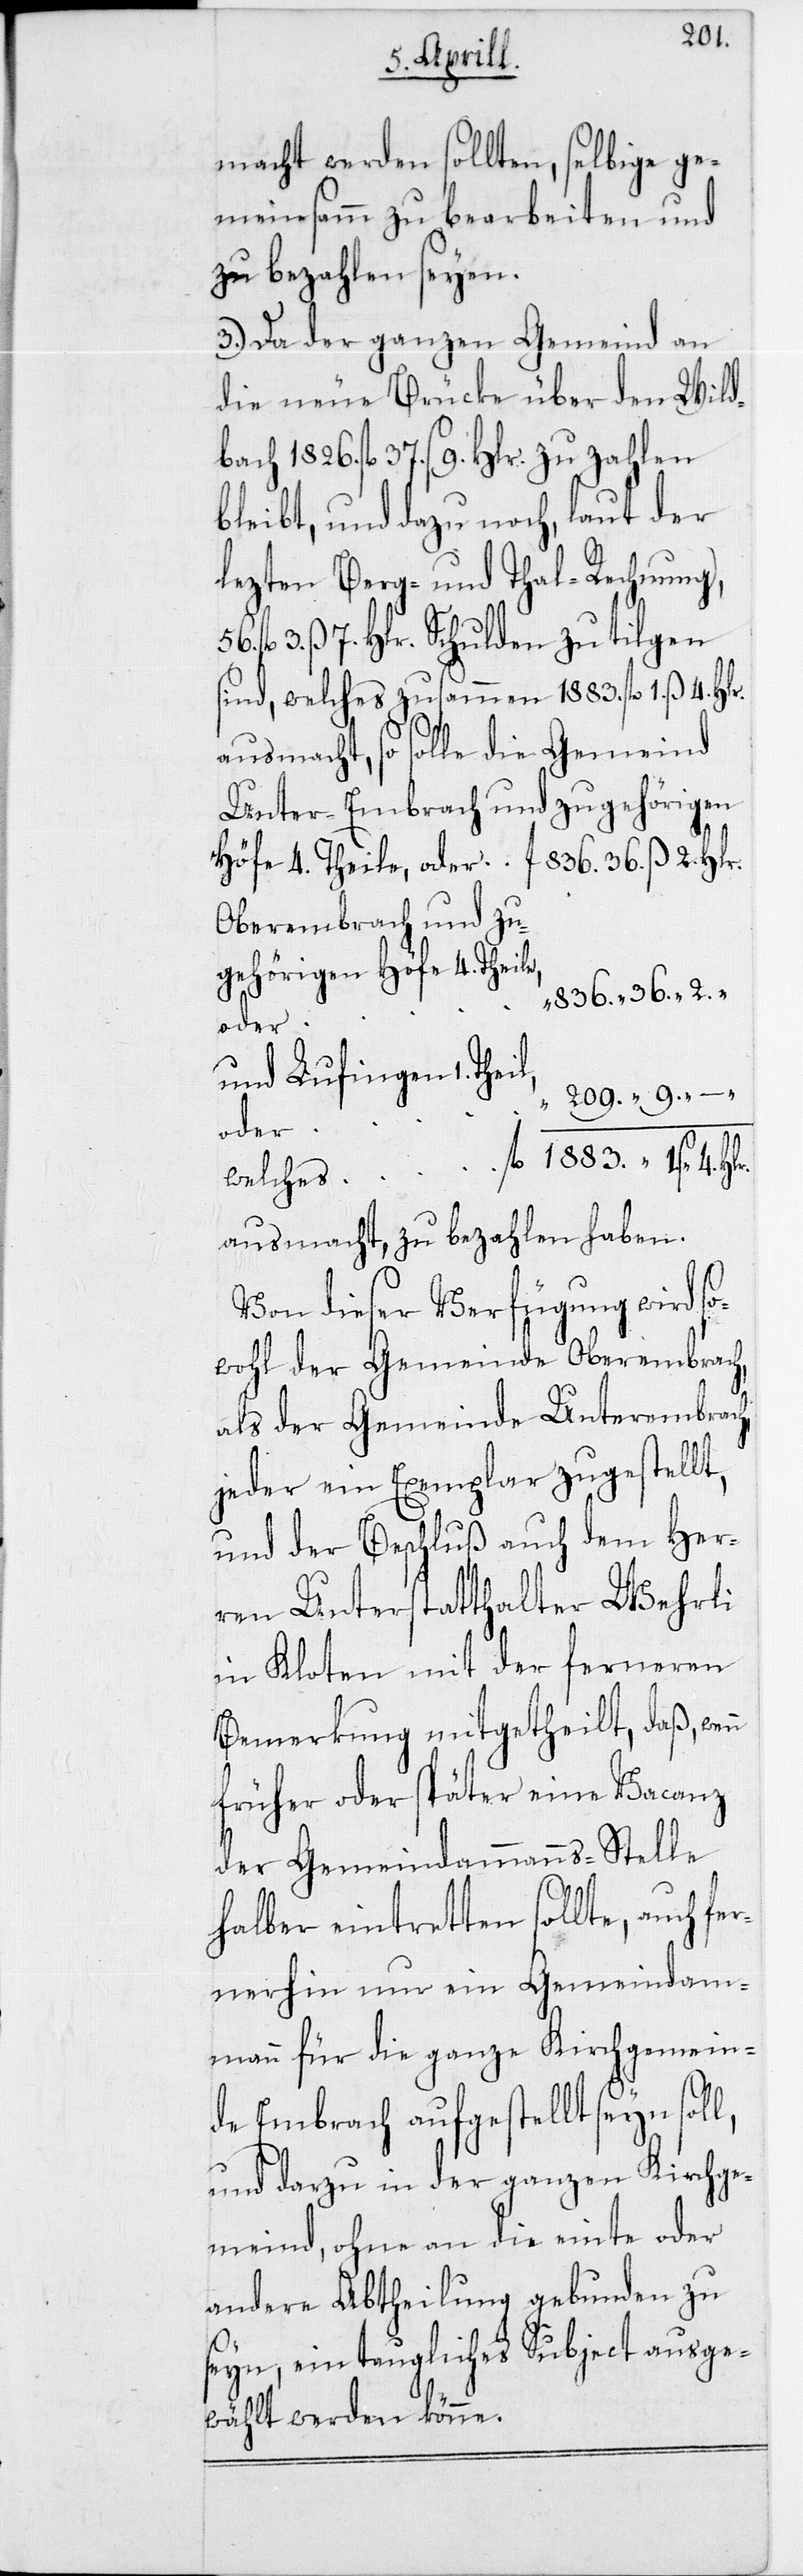
209.
macht werden sollten, selbige ge¬
meinsamm zu bearbeiten und
zu bezahlen seyen.
3. Da der ganzen Gemeinde an
die neue Brüke über den Wild¬
bach 1826. fl. 37. ß 9. Hlr. zu zahlen
bleibt, und dazu noch, laut der
lezten Berg- und Thal-Rechnung,
fl. 3. ß 7. Hlr. Schulden zu tilgen
sind, welches zusammen 1883. fl. 1. ß 4.
Unter-Embrach und zugehörigen
Höfe 4. Theile, oder
fl. 36. ß 2. Hlr.
Oberembrach und zu¬
gehörigen Höfe 4. Theile,
836. “ 36. “ 2. “
und Lufingen 1.
oder
fl. 1883. 1. s 4. Hlr.
welches
ausmacht, zu bezahlen haben.
Von dieser Verfügung wird so¬
wohl der Gemeinde Oberembrach,
als der Gemeinde Unterembrach,
jeder ein Exemplar zugestellt,
und der Beschluß auch dem Her¬
ren Unterstatthalter Wehrli
in Kloten mit der ferneren
Bemerkung mitgetheilt, daß,
früher oder später eine Vacanz
der Gemeindammanns-Stelle
halber eintretten sollte, auch fe¬
rnerhin nur ein Gemeindam¬
mann für die ganze Kirchgemein¬
de Embrach aufgestellt seyn soll,
und darzu in der ganzen Kirchge¬
meind, ohne an die einte oder
andere Abtheilung gebunden zu
seyn, ein taugliches Subject ausge¬
wählt werden könne.